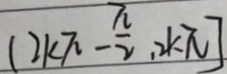
( 2 k \pi - \frac { \pi } { 2 } , 2 k \pi ]